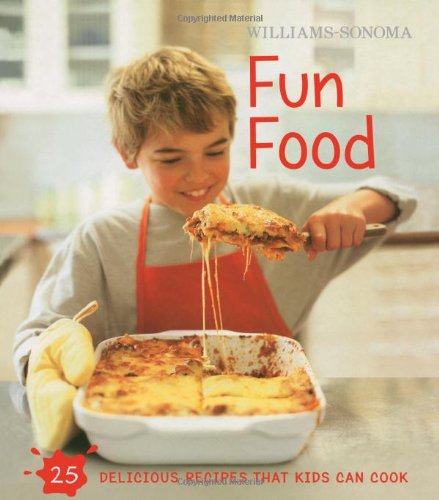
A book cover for Williams-Sonoma Kids in the Kitchen: Fun Food; Stephanie Rosenbaum; Children's Books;